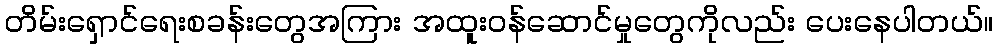
တိမ်းရှောင်ရေးစခန်းတွေအကြား အထူးဝန်ဆောင်မှုတွေကိုလည်း ပေးနေပါတယ်။